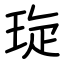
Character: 琁